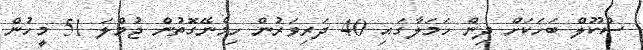
ސްކޫލް ބަހަކަށް ދިން ހަމަލާގަައި 40 ދަރިވަރުން ހިމެނޭގޮތުން ޖުމްލަ 51 މީހުން